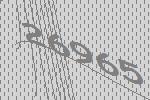
26965